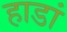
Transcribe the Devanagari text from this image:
हाडां